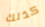
كذلك